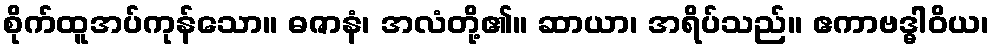
စိုက်ထူအပ်ကုန်သော။ ဓဇာနံ၊ အလံတို့၏။ ဆာယာ၊ အရိပ်သည်။ ဧကာဗဒ္ဓါဝိယ၊